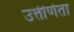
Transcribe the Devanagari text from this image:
उत्तीर्णता